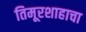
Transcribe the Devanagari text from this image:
तिमूरशाहाचा